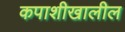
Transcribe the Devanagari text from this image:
कपाशीखालील